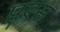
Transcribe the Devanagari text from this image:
प्रुएस